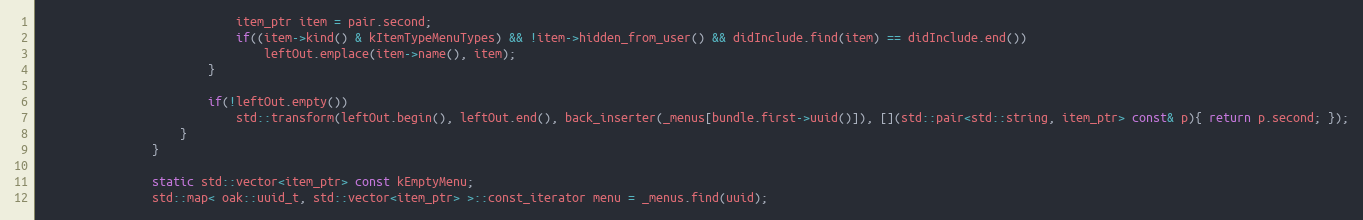
Language: C++
							item_ptr item = pair.second;
							if((item->kind() & kItemTypeMenuTypes) && !item->hidden_from_user() && didInclude.find(item) == didInclude.end())
								leftOut.emplace(item->name(), item);
						}

						if(!leftOut.empty())
							std::transform(leftOut.begin(), leftOut.end(), back_inserter(_menus[bundle.first->uuid()]), [](std::pair<std::string, item_ptr> const& p){ return p.second; });
					}
				}

				static std::vector<item_ptr> const kEmptyMenu;
				std::map< oak::uuid_t, std::vector<item_ptr> >::const_iterator menu = _menus.find(uuid);